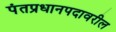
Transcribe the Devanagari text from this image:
पंतप्रधानपदावरील